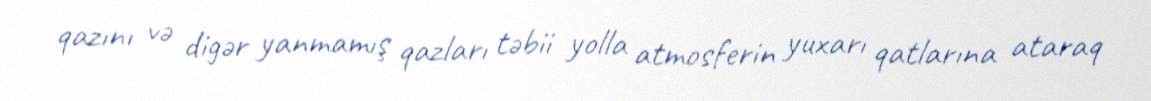
qazını və digər yanmamış qazları təbii yolla atmosferin yuxarı qatlarına ataraq